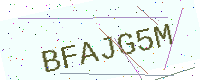
Text: BFAJG5M